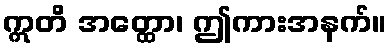
ဣတိ အတ္ထော၊ ဤကားအနက်။